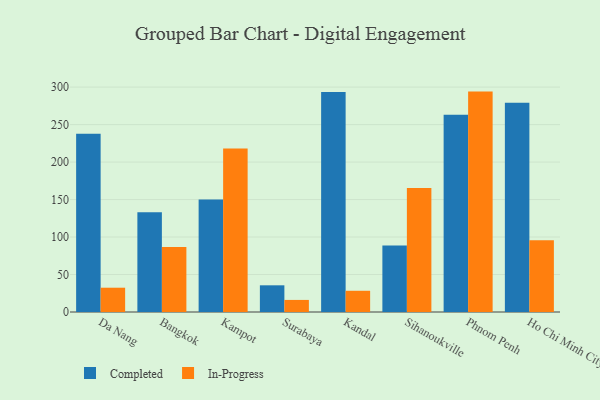
{"axis": {"x": "City", "y": "Page Views"}, "legend": ["Completed", "In-Progress"], "data": [{"x": "Da Nang", "y": 237.8, "type": "Completed"}, {"x": "Da Nang", "y": 32.4, "type": "In-Progress"}, {"x": "Bangkok", "y": 132.9, "type": "Completed"}, {"x": "Bangkok", "y": 86.7, "type": "In-Progress"}, {"x": "Kampot", "y": 150.0, "type": "Completed"}, {"x": "Kampot", "y": 218.1, "type": "In-Progress"}, {"x": "Surabaya", "y": 35.6, "type": "Completed"}, {"x": "Surabaya", "y": 16.1, "type": "In-Progress"}, {"x": "Kandal", "y": 293.5, "type": "Completed"}, {"x": "Kandal", "y": 28.3, "type": "In-Progress"}, {"x": "Sihanoukville", "y": 88.8, "type": "Completed"}, {"x": "Sihanoukville", "y": 165.5, "type": "In-Progress"}, {"x": "Phnom Penh", "y": 263.0, "type": "Completed"}, {"x": "Phnom Penh", "y": 294.0, "type": "In-Progress"}, {"x": "Ho Chi Minh City", "y": 279.1, "type": "Completed"}, {"x": "Ho Chi Minh City", "y": 95.7, "type": "In-Progress"}]}